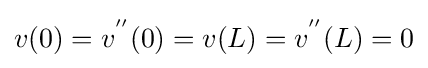
v(0)=v^{''}(0)=v(L)=v^{''}(L)=0